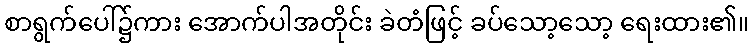
စာရွက်ပေါ်၌ကား အောက်ပါအတိုင်း ခဲတံဖြင့် ခပ်သော့သော့ ရေးထား၏။